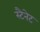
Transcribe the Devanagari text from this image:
स्टैनेट